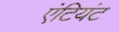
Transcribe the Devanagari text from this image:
एंटियंट